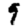
Digit: 9